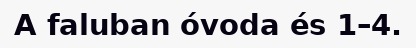
A faluban óvoda és 1–4.